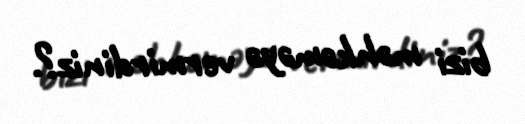
bizi məhkəməyə vermirdiniz?.